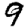
Digit: 9